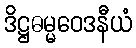
ဒိဋ္ဌဓမ္မဝေဒနီယံ